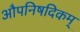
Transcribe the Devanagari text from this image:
औपनिषदिकम्